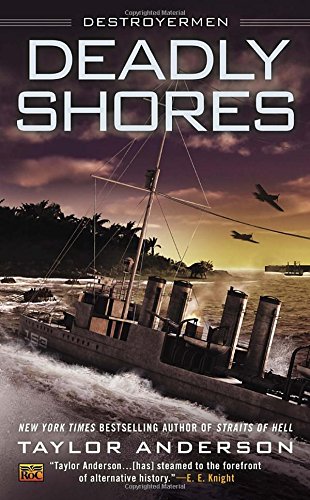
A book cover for Deadly Shores: Destroyermen; Taylor Anderson; Science Fiction & Fantasy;